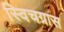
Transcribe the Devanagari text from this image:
स्विचग्रास